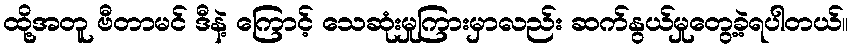
ထို့အတူ ဗီတာမင် ဒီနဲ့ ကြောင့် သေဆုံးမှုကြားမှာလည်း ဆက်နွယ်မှုတွေ့ခဲ့ရပါတယ်။